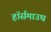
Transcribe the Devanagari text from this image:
हॉर्समाउथ